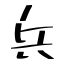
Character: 兵